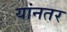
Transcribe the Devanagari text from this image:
यांनतर